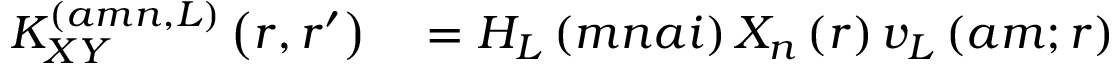
\begin{array} { r l } { K _ { X Y } ^ { \left( a m n , L \right) } \left( r , r ^ { \prime } \right) } & { { } = H _ { L } \left( m n a i \right) X _ { n } \left( r \right) v _ { L } \left( a m ; r \right) } \end{array}